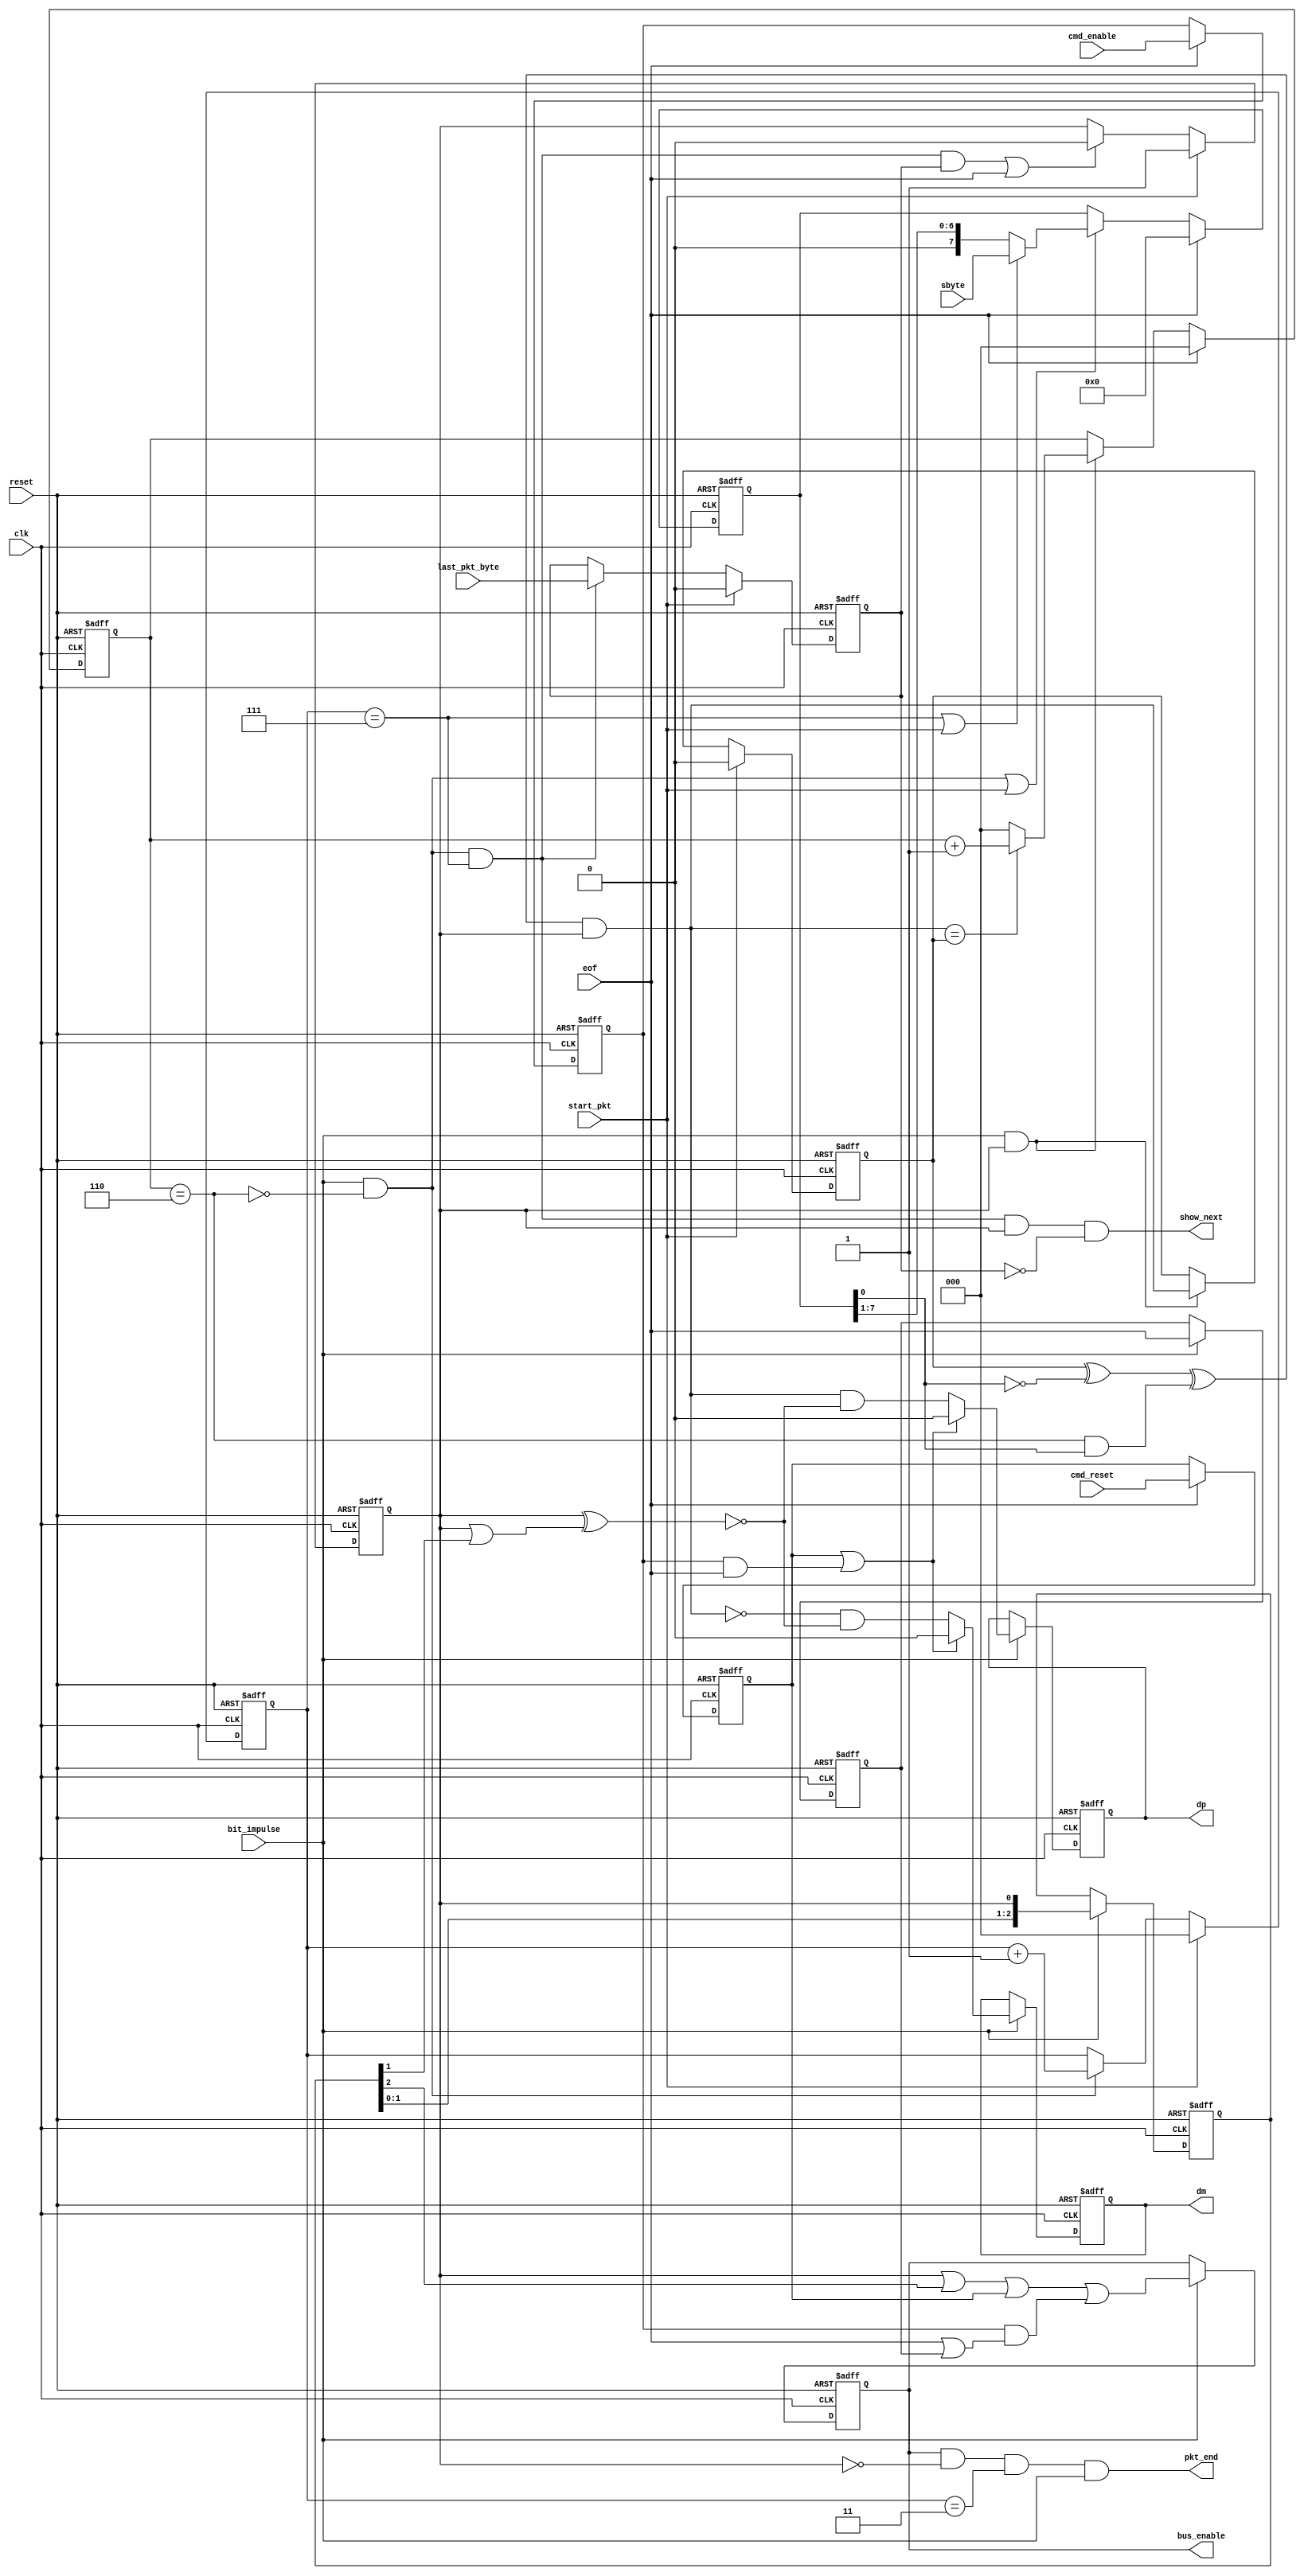
module ls_usb_send(
	input wire reset,
	
	//clock should be 12Mhz
	input wire clk,
	input wire bit_impulse,
	input wire eof,

	input wire [7:0]sbyte,  	//byte for send
	input wire start_pkt,		//start sending packet on that signal
	input wire last_pkt_byte,	//mean send EOP at the end

	//received from host
	input wire cmd_reset,
	input wire cmd_enable,
	
	//usb BUS signals
	output reg dp,
	output reg dm,
	output reg  bus_enable,

	//usb BUS signals for 
	output reg  show_next, 	//request for next sending byte in packet
	output reg  pkt_end		//mean that packet was sent
	);

reg sbit;
reg  se0;
always @*
begin
	sbit = (prev_sbit ^ (!send_reg[0]) ^ (six_ones & send_reg[0])) & bus_ena_pkt;
	se0 = !(bus_ena_pkt ^ (bus_ena_pkt | bus_ena_prev[1]));
	show_next = (bit_count==3'h7) & sending_bit & bus_ena_pkt & (!last);
	pkt_end = bus_enable & (!bus_ena_pkt) & (bit_count==3'h3) & bit_impulse;
end

//USB Reset and USB Enable become actual with frame start only
reg usb_reset_fixed;
reg usb_enable_fixed;

always @(posedge clk or posedge reset)
begin
	if(reset)
	begin
		usb_reset_fixed  <= 1'b0;
		usb_enable_fixed <= 1'b0;
	end
	else
	if(eof)
	begin
		usb_reset_fixed  <= cmd_reset;
		usb_enable_fixed <= cmd_enable;
	end
end

//bus enable signal, which is related to packet sending
reg bus_ena_pkt;
always @(posedge clk or posedge reset)
begin
	if(reset)
		bus_ena_pkt <= 1'b0;
	else
	begin
		if(start_pkt)
			bus_ena_pkt <= 1'b1;
		else
		if( sending_last_bit & last | eof)
			bus_ena_pkt <= 1'b0;
	end
end

//delay shift register for bus enable for packet
reg [2:0]bus_ena_prev;
always @(posedge clk or posedge reset)
begin
	if(reset)
		bus_ena_prev <= 3'b000;
	else
	if(bit_impulse)
		bus_ena_prev <= {bus_ena_prev[1:0],bus_ena_pkt};
end

reg eof_f;
always @(posedge clk or posedge reset)
	if(reset)
		eof_f <= 1'b0;
	else
	if(bit_impulse)
		eof_f <= eof;

//bus enable generation
always @(posedge clk or posedge reset)
	if(reset)
		bus_enable <= 1'b0;
	else
	if(bit_impulse)
		bus_enable <= ((bus_ena_pkt | bus_ena_prev[2])) 
			| usb_reset_fixed 	//bus enabled when reset
			| (usb_enable_fixed & (eof|eof_f) ); //bus enabled for keep-alive messages

wire suppress; assign suppress = usb_reset_fixed | (usb_enable_fixed & eof);

//make output on USB buses
always @(posedge clk or posedge reset)
	if(reset)
	begin
		dp <= 1'b0;
		dm <= 1'b0;
	end
	else
	if(bit_impulse)
	begin
		dp <= suppress ? 1'b0 : (  sbit  & se0 );
		dm <= suppress ? 1'b0 : ((!sbit) & se0 );
	end

//count number of sequental ONEs
reg [2:0]ones_cnt;
wire six_ones; assign six_ones = (ones_cnt==3'h6);
wire sending_bit = bit_impulse & (!six_ones);

always @(posedge clk or posedge reset)
begin
	if(reset)
		ones_cnt <= 0;
	else
	begin
		if(eof)
			ones_cnt <= 0;
		else
		if(bit_impulse & bus_ena_pkt)
		begin
			if(sbit==prev_sbit)
				ones_cnt <= ones_cnt+1'b1;
			else
				ones_cnt <= 0;
		end
	end
end

//fix just sent bit
reg prev_sbit;
always @(posedge clk or posedge reset)
begin
	if(reset)
		prev_sbit <= 1'b0;
	else
	begin
		if( start_pkt )
			prev_sbit <= 1'b0;
		else
		if(bit_impulse & bus_ena_pkt )
			prev_sbit <= sbit;
	end
end

//fix flag about last byte in packet
reg last;
always @(posedge clk or posedge reset)
begin
	if(reset)
		last <= 1'b0;
	else
	begin
		if( start_pkt )
			last <= 1'b0;
		else
		if(sending_last_bit)
			last <= last_pkt_byte;
	end
end

//count number of sent bits
reg [2:0]bit_count;
always @(posedge clk or posedge reset)
begin
	if(reset)
		bit_count <= 3'b000;
	else
	begin
		if( start_pkt )
			bit_count <= 3'b000;
		else
		if( sending_bit)
			bit_count <= bit_count + 1'b1;
	end
end

wire bit_count_eq7; assign bit_count_eq7 = (bit_count==3'h7);
wire sending_last_bit = sending_bit & bit_count_eq7; //sending last bit in byte

//load/shift sending register
reg [7:0]send_reg;
always @(posedge clk or posedge reset)
begin
	if(reset)
		send_reg <= 0;
	else
	begin
		if(eof)
			send_reg <= 0;
		else
		if(sending_bit | start_pkt)
		begin	 
			if(bit_count_eq7 | start_pkt)
				send_reg <= sbyte;					//load first or next bytes for send
			else
				send_reg <= {1'b0, send_reg[7:1]}; 	//shift out byte
		end
	end
end

endmodule